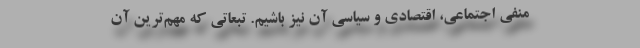
منفی اجتماعی، اقتصادی و سیاسی آن نیز باشیم. تبعاتی که مهم‌ترین آن